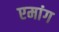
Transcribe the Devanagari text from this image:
एमांग